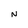
Character: N